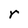
Character: r